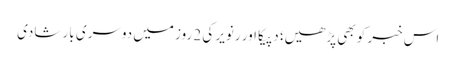
اس خبر کو بھی پڑھیں؛ دپیکا اور رنویر کی 2 روز میں دوسری بار شادی